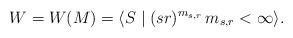
LaTeX: \begin{align*}W=W(M)=\langle S\mid (sr)^{m_{s,r}} \,m_{s,r}<\infty\rangle.\end{align*}